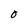
Character: O